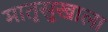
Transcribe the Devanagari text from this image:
मातृसुखाला